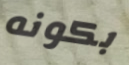
بكونه